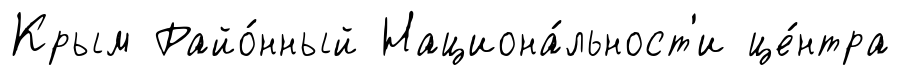
Крым Райо́нный Национа́льност'и це́нтра